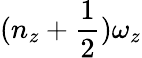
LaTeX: (n_{z}+\frac{1}{2})\omega_{z}